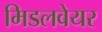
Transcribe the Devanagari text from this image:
मिडलवेयर